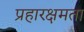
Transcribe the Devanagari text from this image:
प्रहारक्षमता